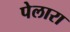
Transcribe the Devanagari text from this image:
पेलारा